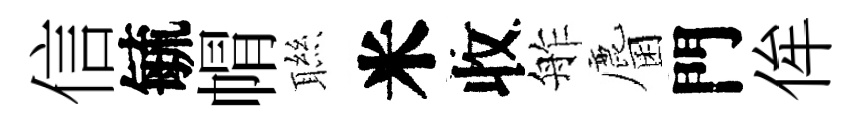
信毓㡌聮米收舴麕門侔